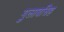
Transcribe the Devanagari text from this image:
गुलाबसिह